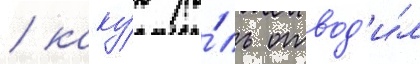
/ каку́ю ро́ль отвод'и́л